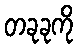
တခုခုကို